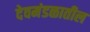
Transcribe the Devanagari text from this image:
देवमंडळातील